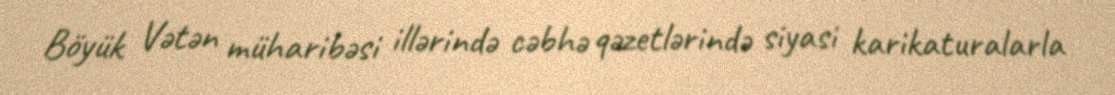
Böyük Vətən müharibəsi illərində cəbhə qəzetlərində siyasi karikaturalarla